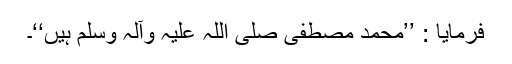
فرمایا : ’’محمد مصطفیٰ صلی اللہ علیہ وآلہ وسلم ہیں‘‘۔